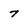
Character: 7